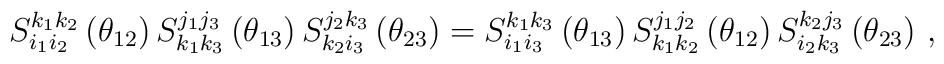
S_{i_{1}i_{2}}^{k_{1}k_{2}}\left(\theta_{12}\right)S_{k_{1}k_{3}}^{j_{1}j_{3}}\left(\theta_{13}\right)S_{k_{2}i_{3}}^{j_{2}k_{3}}\left(\theta_{23}\right)=S_{i_{1}i_{3}}^{k_{1}k_{3}}\left(\theta_{13}\right)S_{k_{1}k_{2}}^{j_{1}j_{2}}\left(\theta_{12}\right)S_{i_{2}k_{3}}^{k_{2}j_{3}}\left(\theta_{23}\right)\,,